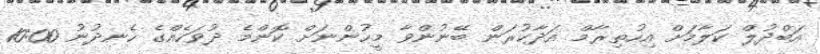
އަބްދުލް ކަލާމަށް އިހުތިރާމް އަދާކުރަން ބޭނުންވާ މީހުންނަށް ކޮންމެ ދުވަހެއްގެ ހެނދުނު 10:00